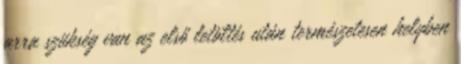
arra szükség van az első letöltés után természetesen helyben